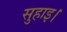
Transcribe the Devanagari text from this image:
सुहाइ।